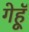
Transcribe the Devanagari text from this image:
गेहॅू